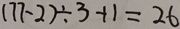
( 7 7 - 2 ) \div 3 + 1 = 2 6